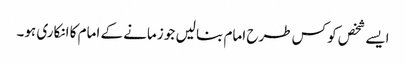
ایسے شخص کو کس طرح امام بنا لیں جو زمانے کے امام کا انکاری ہو۔